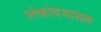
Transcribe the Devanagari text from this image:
लंकोदयासन्न